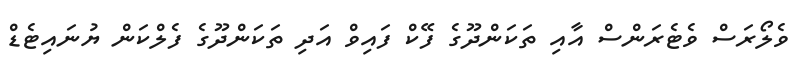
ވެލޯރަސް ވެޓެރަންސް އާއި ތަކަންދޫގެ ފޭކް ފައިވް އަދި ތަކަންދޫގެ ފެލްކަން ޔުނައިޓެޑް